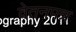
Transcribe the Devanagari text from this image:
वेतनपत्र